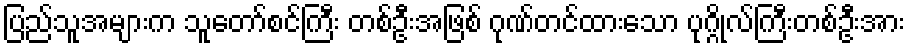
ပြည်သူအများက သူတော်စင်ကြီး တစ်ဦးအဖြစ် ဂုဏ်တင်ထားသော ပုဂ္ဂိုလ်ကြီးတစ်ဦးအား